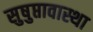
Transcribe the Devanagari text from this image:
सुषुप्तावास्था